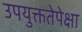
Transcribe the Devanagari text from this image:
उपयुक्ततेपेक्षा